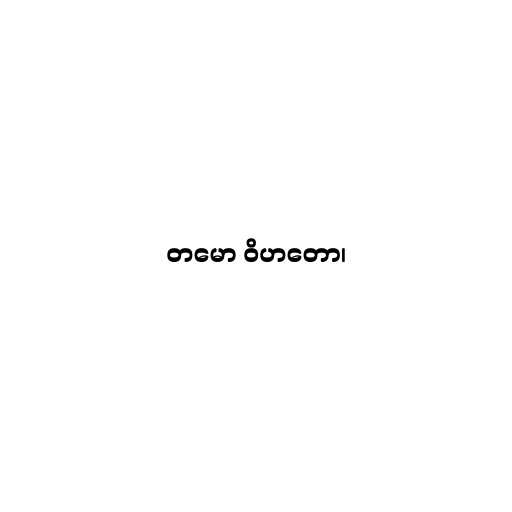
တမော ဝိဟတော၊